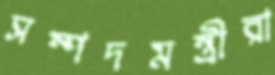
সম্পদমন্ত্রীরা